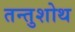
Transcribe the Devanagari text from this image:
तन्तुशोथ